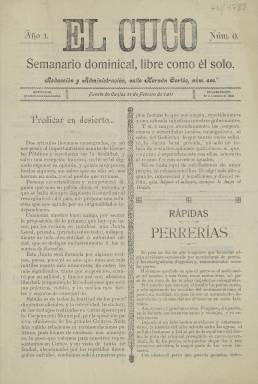
Título: El Cuco (Fuente de Cantos)
Colección: Periódicos
Ámbito geográfico: Badajoz
Lugar de publicación: Fuente de Cantos [Badajoz]
Fechas: 26/02/1911-26/02/1911

Periódico de Fuente de Cantos, localidad situada al sur de la provincia de Badajoz y conocida sobre todo por ser la cuna del pintor barroco Francisco de Zurbarán. La publicación, que lleva tan curioso título, tenía un no menos insólito subtítulo: ‘Semanario dominical, libre como él sólo’, con lo que quería resaltar su independencia de cualquier partido.

   Poco es lo conocido de este periódico de vida breve. La Biblioteca Nacional de España solo posee un número el 9, de 26 de febrero de 1911, de lo que se deduce que comenzó a editarse el 1 de enero de ese año. Y también al parecer dejó de publicarse en 1911, aunque se desconoce la fecha exacta.

 Es lógicamente una publicación con información local, noticias y acontecimientos de la vida social de Fuente de Cantos, además de algunos artículos de opinión. En el número que posee la BNE hay uno muy curioso sobre el perjuicio que causan los perros por las enfermedades que transmiten a las personas.

  Con cuatro páginas por número, al igual que otras publicaciones locales dedicaba la última página a publicidad con la que sufragar los gastos de edición e impresión. Los anuncios eran de diversas empresas y negocios de la población. Hay uno del mismo periódico informando de los precios de suscripción y de la publicidad y justo debajo se lee: ‘Imprenta, Librería, Papelería y Objetos de Escritorio de Manuel Fernández’, por lo que es razonable pensar que el dueño de este negocio era el editor del periódico.

 En el número que posee la BNE se anuncian una serie de innovaciones para los siguientes que es de suponer que se llevarían a cabo durante el breve tiempo en que se prolongó la publicación. Así, se anuncia que el semanario aparecerá a doble tamaño y a tres columnas en lugar de a dos, y que se ampliaría la información dedicada a los pueblos del partido judicial.

  También se anuncia que se darían extractos del boletín del mercado regional de productos y de los registros civil, judicial y carcelario, así como información de cultos.

[Descripción publicada el 1/12/2022]